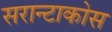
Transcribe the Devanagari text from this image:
सरान्टाकोस